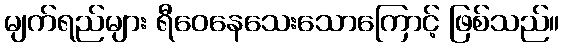
မျက်ရည်များ ရီဝေနေသေးသောကြောင့် ဖြစ်သည်။